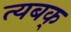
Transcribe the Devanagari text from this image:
त्यबक्